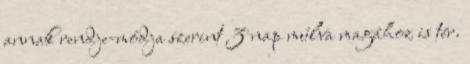
annak rendje-módja szerint 3 nap múlva magához is tér.